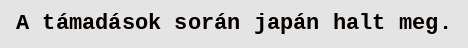
A támadások során japán halt meg.